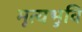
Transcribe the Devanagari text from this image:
मूत्यभुवि